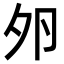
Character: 𡖉